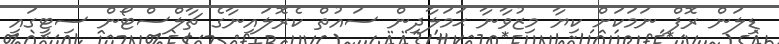
ޑިލަން ރޮފް ނަމަކަށް ކިޔާ މިޒުވާނާ ޙަމަލާދިން ސައުތް ކެރޮލައިނާގެ ޗާލްސްޓޯން ސިޓީގައި